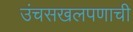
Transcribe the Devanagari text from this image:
उंचसखलपणाची